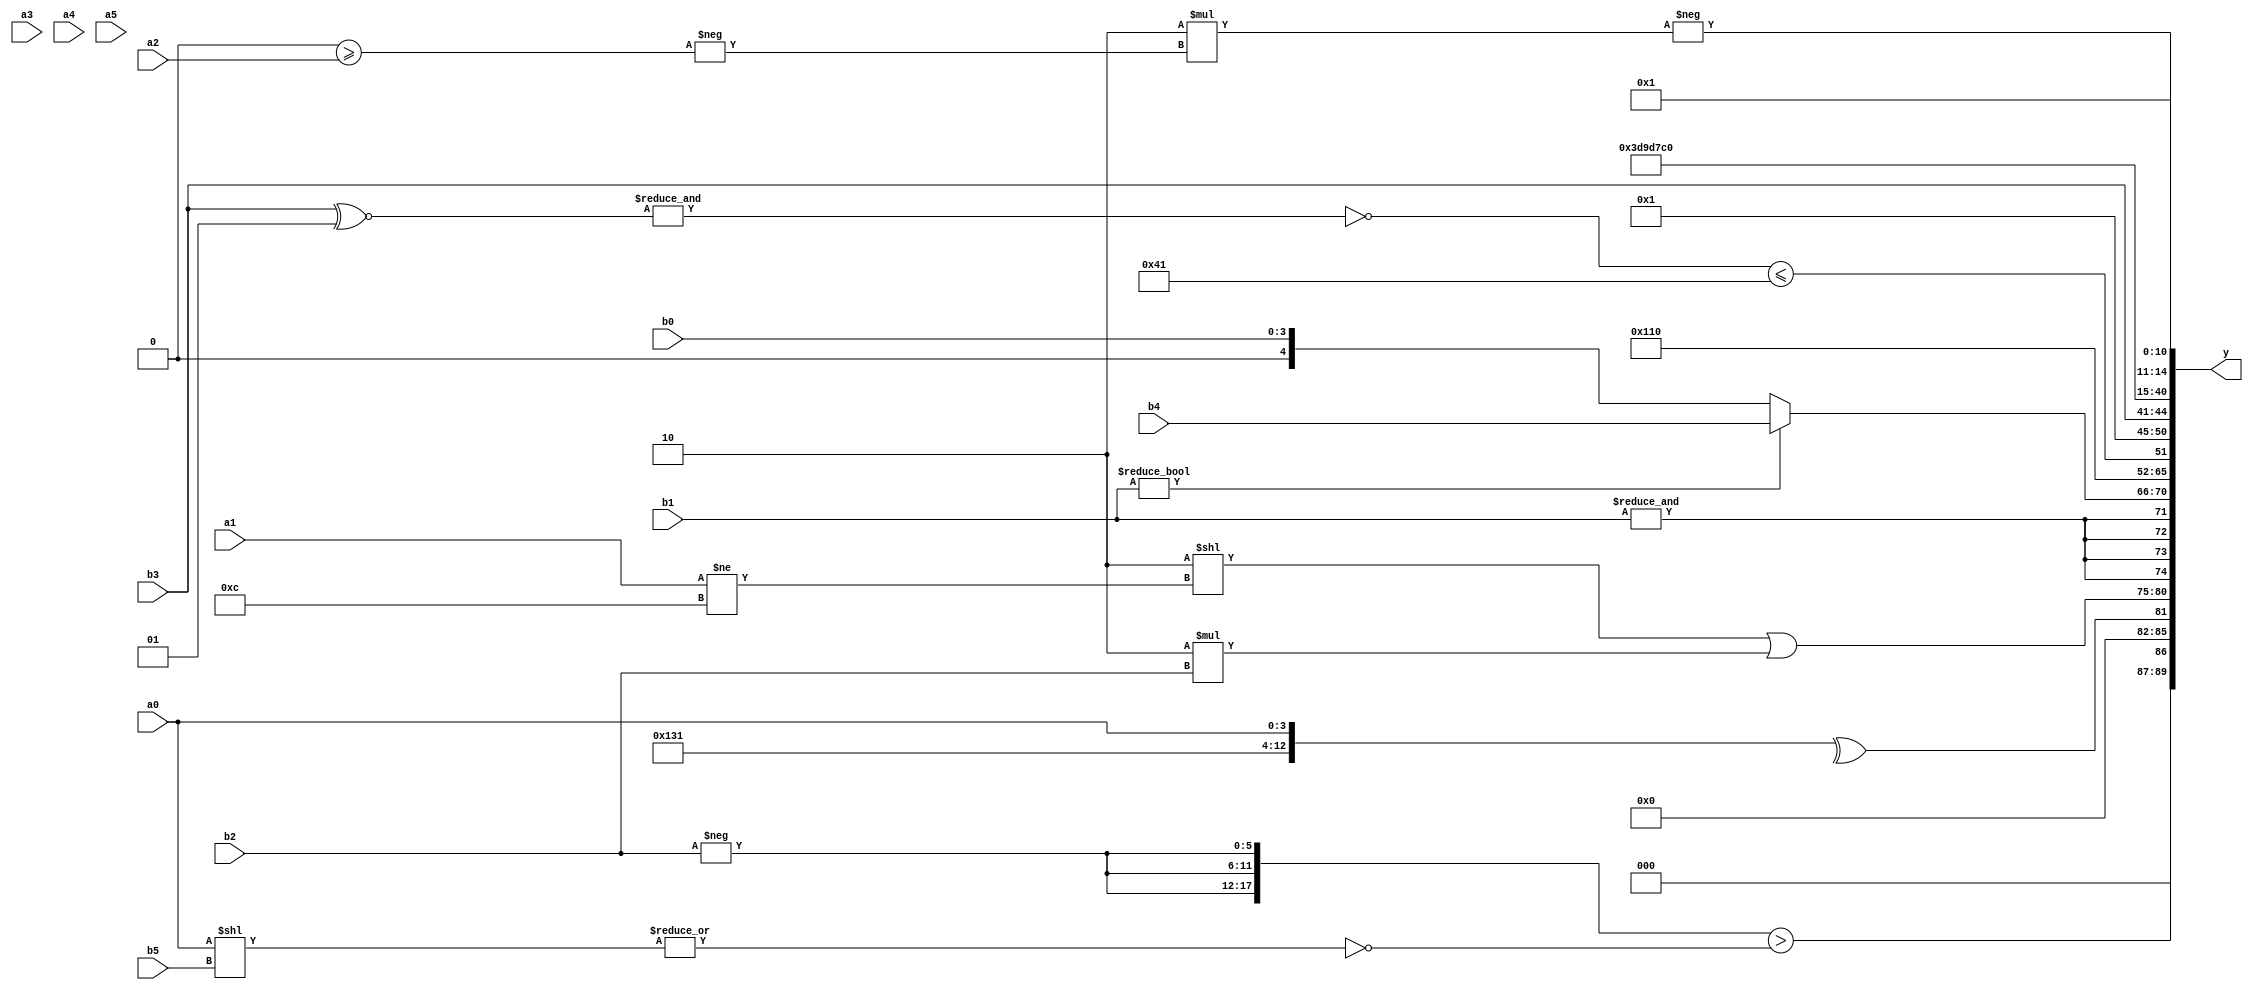
module expression_00878(a0, a1, a2, a3, a4, a5, b0, b1, b2, b3, b4, b5, y);
  input [3:0] a0;
  input [4:0] a1;
  input [5:0] a2;
  input signed [3:0] a3;
  input signed [4:0] a4;
  input signed [5:0] a5;

  input [3:0] b0;
  input [4:0] b1;
  input [5:0] b2;
  input signed [3:0] b3;
  input signed [4:0] b4;
  input signed [5:0] b5;

  wire [3:0] y0;
  wire [4:0] y1;
  wire [5:0] y2;
  wire signed [3:0] y3;
  wire signed [4:0] y4;
  wire signed [5:0] y5;
  wire [3:0] y6;
  wire [4:0] y7;
  wire [5:0] y8;
  wire signed [3:0] y9;
  wire signed [4:0] y10;
  wire signed [5:0] y11;
  wire [3:0] y12;
  wire [4:0] y13;
  wire [5:0] y14;
  wire signed [3:0] y15;
  wire signed [4:0] y16;
  wire signed [5:0] y17;

  output [89:0] y;
  assign y = {y0,y1,y2,y3,y4,y5,y6,y7,y8,y9,y10,y11,y12,y13,y14,y15,y16,y17};

  localparam [3:0] p0 = ((5'd2 * (4'd2))?((4'sd4)?(5'd3):(4'sd1)):((-4'sd6)!=(4'd4)));
  localparam [4:0] p1 = (~^(5'd1));
  localparam [5:0] p2 = ((-5'sd11)&&({(-2'sd1)}?{(5'd29)}:(4'sd3)));
  localparam signed [3:0] p3 = {(4'd11),(3'd4),(-4'sd4)};
  localparam signed [4:0] p4 = (5'd19);
  localparam signed [5:0] p5 = ((!(((5'd8)-(-2'sd0))<<((5'd11)<<<(2'd0))))!={4{(3'd1)}});
  localparam [3:0] p6 = (|(~^(~{(&(((5'sd6)>>(5'sd4))!=={(4'sd1),(5'sd4)}))})));
  localparam [4:0] p7 = (&(~&((-(-4'sd5))?{1{(-4'sd7)}}:{1{(-2'sd0)}})));
  localparam [5:0] p8 = (-2'sd0);
  localparam signed [3:0] p9 = (~^(-2'sd1));
  localparam signed [4:0] p10 = ((((-4'sd7)>>>(-4'sd6))%(4'd1))<=(((3'd1)===(4'd7))|(+(5'd13))));
  localparam signed [5:0] p11 = (!{2{({(4'sd2),(5'sd1),(3'sd0)}^~(-{(-4'sd0),(2'sd1)}))}});
  localparam [3:0] p12 = (4'd2 * (2'd0));
  localparam [4:0] p13 = {4{(5'sd12)}};
  localparam [5:0] p14 = {(3'sd0),(3'd6),(-4'sd4)};
  localparam signed [3:0] p15 = {(((-2'sd0)==(-4'sd0))===((5'd15)&(-2'sd0))),(((5'd0)>>>(-4'sd4))>{(3'd0)}),({(5'sd12),(5'd18)}|((4'd11)&&(5'd1)))};
  localparam signed [4:0] p16 = {(5'd4)};
  localparam signed [5:0] p17 = ({2{((3'd4)?(-5'sd14):(5'd31))}}==(((2'd1)?(4'd8):(3'd2))?((-4'sd4)<<<(2'sd0)):{4{(4'd6)}}));

  assign y0 = ({3{(-b2)}}>$signed((~|(a0<<b5))));
  assign y1 = (^{{p4,p6},$unsigned(a0)});
  assign y2 = (({((3'd2)<<(a1!=p13))})|{{(-3'sd1),(b5==b0),(4'd2 * b2)}});
  assign y3 = $signed($unsigned((+$unsigned((&{1{b1}})))));
  assign y4 = (b1?b4:b0);
  assign y5 = ({1{((p4==p10)|(p12&p6))}}!=(-{2{(p13<<p9)}}));
  assign y6 = (~&(+p17));
  assign y7 = {(&({(~&($signed((b3^~p5))))}<={(^(~&p15)),(p14?p2:b2)}))};
  assign y8 = {1{((4'd6)<(-3'sd1))}};
  assign y9 = ((b3));
  assign y10 = (~(!(~((+(|(~&p5)))||(!(p10-p0))))));
  assign y11 = (p4);
  assign y12 = {({3{b1}}&(b4?a0:b1)),{{b3,a2}},{(5'd26)}};
  assign y13 = {(~(4'd2 * $unsigned((p8&p3))))};
  assign y14 = {4{(3'd0)}};
  assign y15 = (-$signed({(5'd2 * (-(p8>=a2)))}));
  assign y16 = ((p9<<p14)%p16);
  assign y17 = ((|p11)?(~|p12):(p8?p12:p5));
endmodule